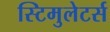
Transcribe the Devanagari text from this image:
स्टिमुलेटर्स